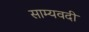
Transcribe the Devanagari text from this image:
साम्यवदी